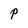
Character: P